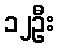
၁၂ဦး